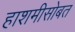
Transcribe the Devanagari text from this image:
हाशमीसोबत